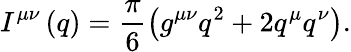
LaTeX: I^{\mu\nu}\left(q\right)=\frac{\pi}{6}\left(g^{\mu\nu}q^{2}+2q^{\mu}q^{\nu}\right).